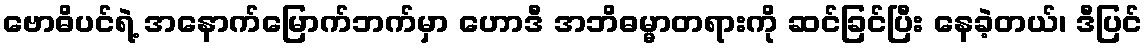
ဗောဓိပင်ရဲ့ အနောက်မြောက်ဘက်မှာ ဟောဒီ အဘိဓမ္မာတရားကို ဆင်ခြင်ပြီး နေခဲ့တယ်၊ ဒီပြင်